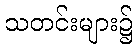
သတင်းများ၌